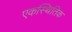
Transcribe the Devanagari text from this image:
एकस्थितिक